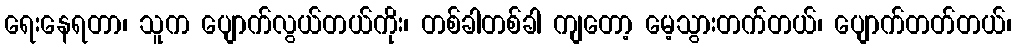
ရေးနေရတာ၊ သူက ပျောက်လွယ်တယ်ကိုး၊ တစ်ခါတစ်ခါ ကျတော့ မေ့သွားတက်တယ်၊ ပျောက်တတ်တယ်၊